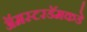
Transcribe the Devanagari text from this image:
ॲमस्टरडॅमकडे